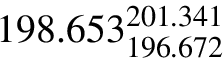
1 9 8 . 6 5 3 _ { 1 9 6 . 6 7 2 } ^ { 2 0 1 . 3 4 1 }